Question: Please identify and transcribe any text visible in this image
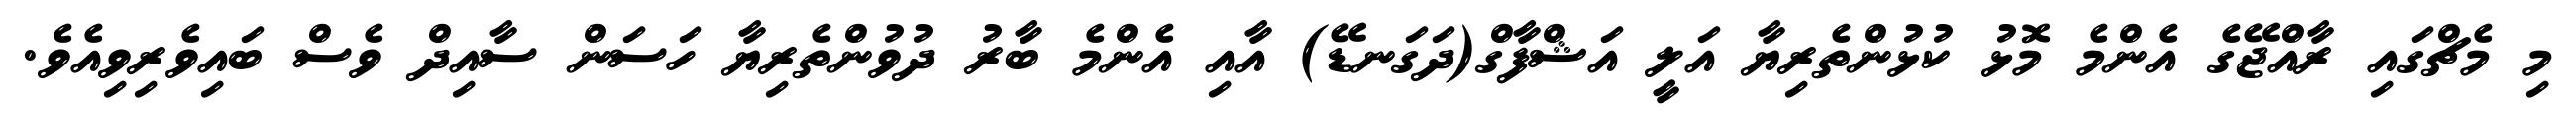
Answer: މި މެޗްގައި ރާއްޖޭގެ އެންމެ މޮޅު ކުޅުންތެރިޔާ އަލީ އަޝްފާގް(ދަގަނޑޭ) އާއި އެންމެ ބާރު ދުވުންތެރިޔާ ހަސަން ސާއިދް ވެސް ބައިވެރިވިއެވެ.